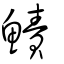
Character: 鰿